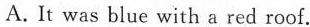
A.It was blue with a red roof.